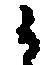
候